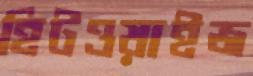
হিটওয়াইজ